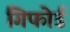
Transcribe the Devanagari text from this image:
गिफोर्ड